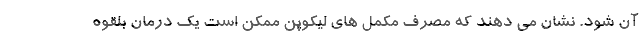
آن شود. نشان می دهند که مصرف مکمل های لیکوپن ممکن است یک درمان بلقوه